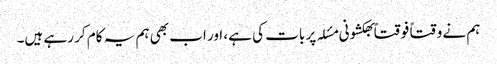
ہم نے وقتاً فوقتاً بھکشونی مسٔلہ پر بات کی ہے، اور اب بھی ہم یہ کام کر رہے ہیں۔